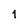
Character: 1